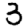
Digit: 3